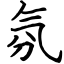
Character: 氛